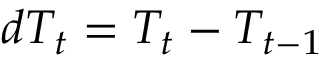
d T _ { t } = T _ { t } - T _ { t - 1 }